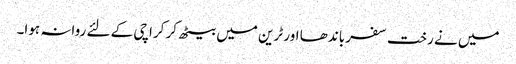
میں نے رخت سفر باندھا اور ٹرین میں بیٹھ کر کراچی کے لئے روانہ ہوا۔